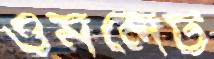
ওমলেট